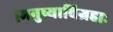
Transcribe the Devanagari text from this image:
।मनुष्याविग्रहाः